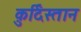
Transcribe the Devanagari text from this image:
क़ुर्दिस्तान